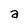
Character: a